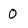
Character: O